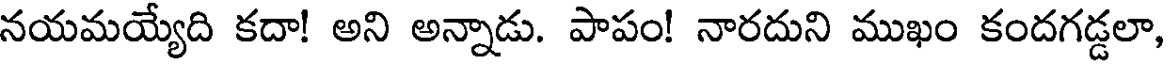
నయమయ్యేది కదా! అని అన్నాడు. పాపం! నారదుని ముఖం కందగడ్డలా,